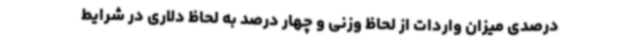
درصدی میزان واردات از لحاظ وزنی و چهار درصد به لحاظ دلاری در شرایط